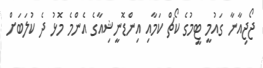
ޖޯޖިއާނާ ގައުމީ ޓީމުގެ ކޯޗް ކަމާއި އިންޑޮނީޝިއާގެ އެންމެ މޮޅު ދެ ކުލަބަށް